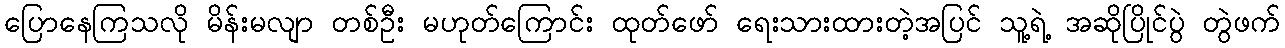
ပြောနေကြသလို မိန်းမလျာ တစ်ဦး မဟုတ်ကြောင်း ထုတ်ဖော် ရေးသားထားတဲ့အပြင် သူ့ရဲ့ အဆိုပြိုင်ပွဲ တွဲဖက်